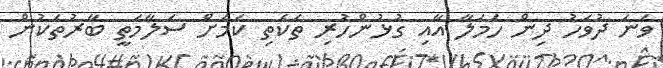
ވަނަ ދުވަހު ދިން ހަމަލާ އާއި ގުޅުންހުރި ތަކެތި ކަމަށް ސަލާމަތީ ބާރުތަކުން